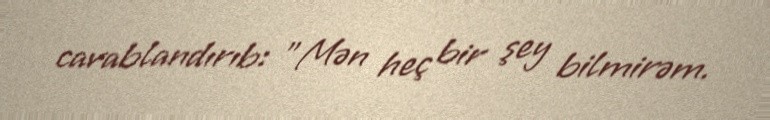
cavablandırıb: "Mən heç bir şey bilmirəm.